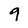
Character: 9